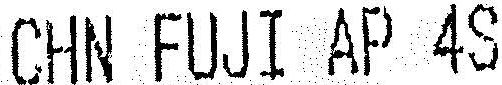
CHN FUJI AP 4S